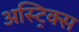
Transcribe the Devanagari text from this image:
अस्ट्रिक्स